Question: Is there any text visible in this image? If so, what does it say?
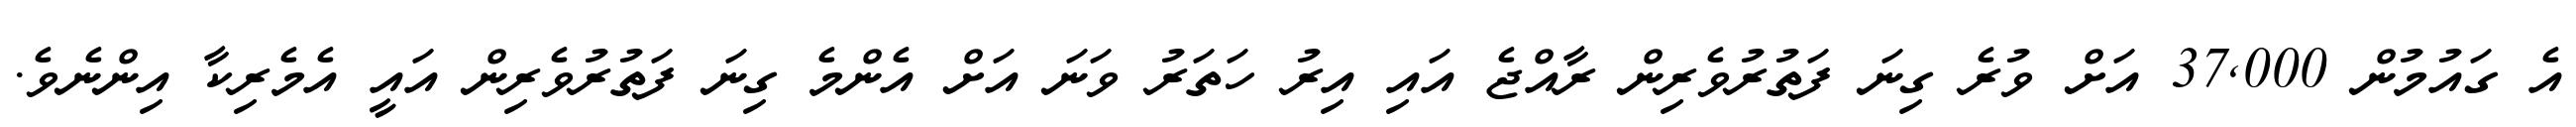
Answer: އެ ގައުމުން 37,000 އަށް ވުރެ ގިނަ ފަތުރުވެރިން ރާއްޖެ އައި އިރު ހަތަރު ވަނަ އަށް އެންމެ ގިނަ ފަތުރުވެރިން އައީ އެމެރިކާ އިންނެވެ.